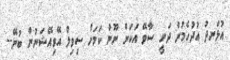
އުޅަނދު އުދުހެމުން ދަނީ ސާވޭ އަކަށް ނޫން ކަމަށް ސިވިލް އޭވިއޭޝަނުން ބުނޭ--